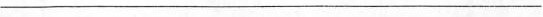
___